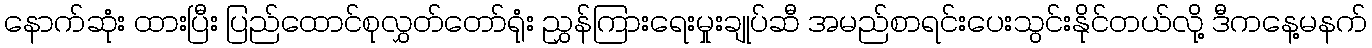
နောက်ဆုံး ထားပြီး ပြည်ထောင်စုလွှတ်တော်ရုံး ညွှန်ကြားရေးမှုးချုပ်ဆီ အမည်စာရင်းပေးသွင်းနိုင်တယ်လို့ ဒီကနေ့မနက်